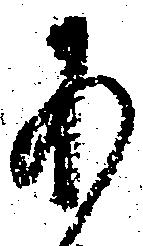
あ